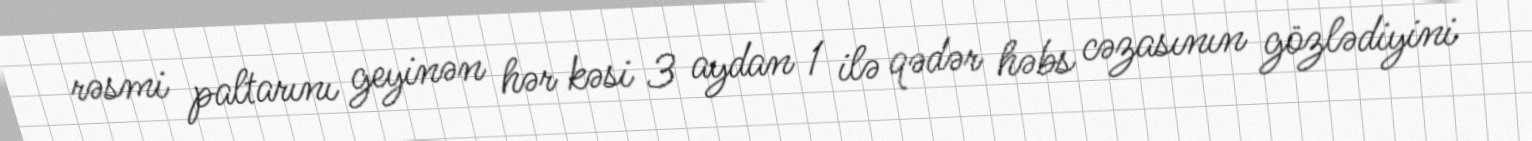
rəsmi paltarını geyinən hər kəsi 3 aydan 1 ilə qədər həbs cəzasının gözlədiyini